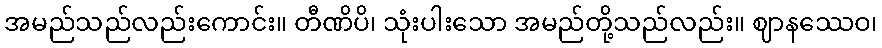
အမည်သည်လည်းကောင်း။ တီဏိပိ၊ သုံးပါးသော အမည်တို့သည်လည်း။ ဈာနဿေဝ၊